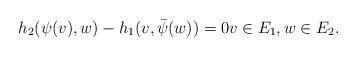
LaTeX: \begin{align*}h_2(\psi(v), w)-h_1(v, \bar{\psi}(w))=0 v\in E_1, w\in E_2.\end{align*}